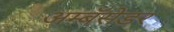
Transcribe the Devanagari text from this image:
अम्बॅसेडर